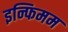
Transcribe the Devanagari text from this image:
इन्फिमम